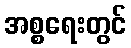
အစ္စရေးတွင်